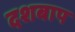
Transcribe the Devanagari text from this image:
दशबाप